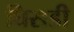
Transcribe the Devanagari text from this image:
घिसडी